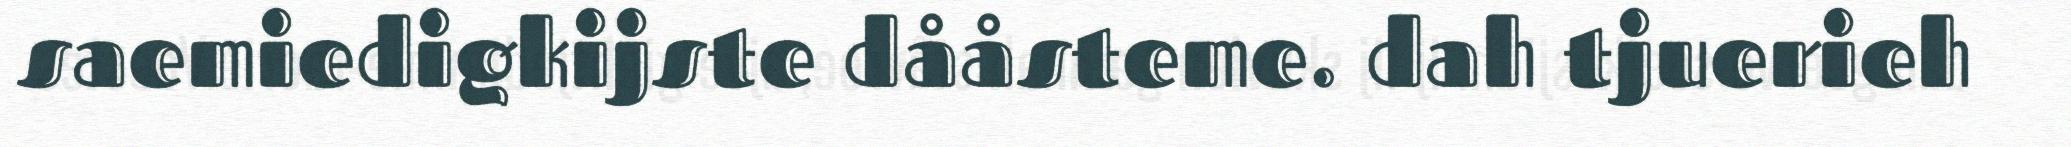
saemiedigkijste dååsteme. dah tjuerieh